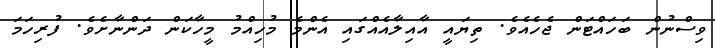
ވިސްނުން ބަހައްޓަން ޖެހެއެވެ. ތިޔައީ އާއިލާއެއްގައި އެންމެ މުހިއްމު މީހާކަން ދަންނާށެވެ. ފުރިހަމަ